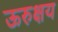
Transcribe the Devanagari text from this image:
ऊरुक्षय